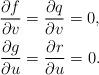
LaTeX: \begin{align*} \frac{\partial f}{\partial v}&=\frac{\partial q}{\partial v}=0,\\ \frac{\partial g}{\partial u}&=\frac{\partial r}{\partial u}=0.\end{align*}